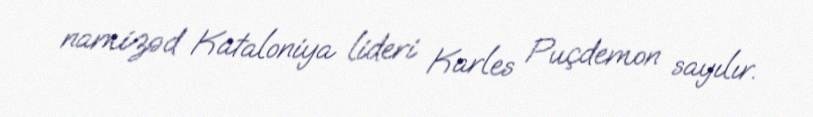
namizəd Kataloniya lideri Karles Puçdemon sayılır.